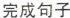
完成句子